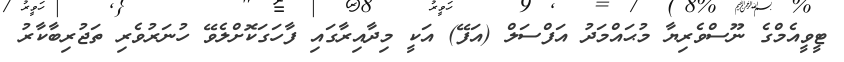
ޓީވީއެމްގެ ނޫސްވެރިޔާ މުޙައްމަދު އަފްސަލް (އަފޭ) އަކީ މިދާއިރާގައި ފާހަގަކޮށްލެވޭ ހުނަރުވެރި ތަޖުރިބާކާރު